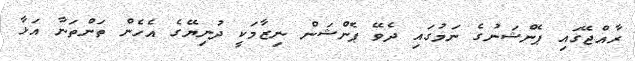
ރާއްޖޭގައި ޕެންޝަނުގެ ނަމުގައި ދެވޭ ޕެންޝަން ނިޒާމަކީ ދުނިޔޭގެ އެހެން ތަންތަނާ އަޅާ